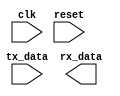
module timing_control_sync (
    input wire clk,
    input wire reset,
    input wire tx_data,
    output wire rx_data
);

reg [11:0] baud_counter;
reg tx_bit_counter;
reg rx_bit_counter;
reg tx_data_reg;
reg rx_data_reg;
reg sync_bit_counter;

// Baud rate = 9600 bps
localparam BAUD_RATE = 9600;

// Generate clock signal for data transmission
always @(posedge clk or posedge reset) begin
    if (reset) begin
        baud_counter <= 12'b0;
        tx_bit_counter <= 1'b0;
        rx_bit_counter <= 1'b0;
        tx_data_reg <= 1'b0;
        rx_data_reg <= 1'b0;
        sync_bit_counter <= 1'b0;
    end else begin
        if (baud_counter == (BAUD_RATE/2) - 1) begin
            baud_counter <= 12'b0;
            tx_data_reg <= tx_data;
            tx_bit_counter <= tx_bit_counter + 1;
            if (tx_bit_counter == 9) begin
                tx_bit_counter <= 1'b0;
            end
        end else begin
            baud_counter <= baud_counter + 1;
        end
    end
end

// Generate clock signal for data reception
always @(posedge clk or posedge reset) begin
    if (reset) begin
        // Reset variables
    end else begin
        // Handle data reception
    end
end

// Synchronization block
always @(posedge clk or posedge reset) begin
    if (reset) begin
        // Reset variables
    end else begin
        // Align transmitter and receiver clocks
    end
end

endmodule